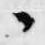
々